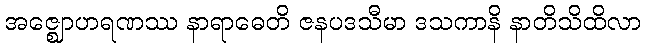
အဇ္ဈောဟရဏဿ နာရာဓေတိ ဇနပဒသီမာ ဒသကာနိ နာတိသိထိလာ